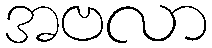
အဗလာ